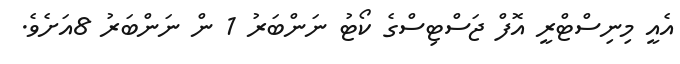
އެއީ މިނިސްޓްރީ އޮފް ޖަސްޓިސްގެ ކޯޓު ނަންބަރު 1 ން ނަންބަރު 8އަށެވެ.